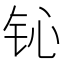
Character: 𲇴